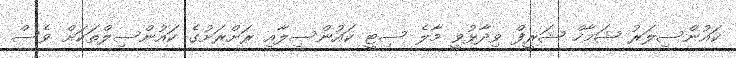
ކައުންސިލަރު ޝަމާހް ޝަރީފް ވިދާޅުވީ މާލެ ސިޓީ ކައުންސިލާއި ރަށްރަށުގެ ކައުންސިލްތަކަށް ވެސް